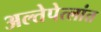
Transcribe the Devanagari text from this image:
अल्तेपेत्लांत